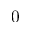
0